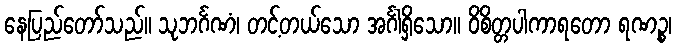
နေပြည်တော်သည်။ သုဘင်္ဂဏံ၊ တင့်တယ်သော အင်္ဂါရှိသော။ ဝိစိတ္တပါကာရတော ရဏဉ္စ၊